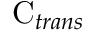
\mathrm { C } _ { t r a n s }